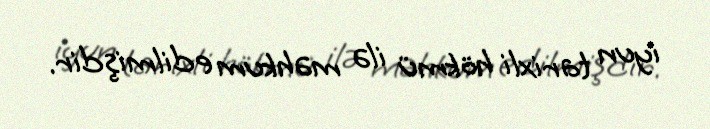
iyun tarixli hökmü ilə məhkum edilmişdir.